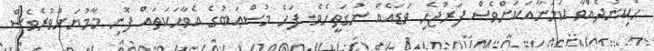
ހެކިނުދެއްވާ ކަމަނާއަކަށްވެސް ފަރުޖެހި ވަޑައެއް ނުގަތީހެވެ. ފަހެ މުޞްޢަބުގެ އެވާހަކަތައް ފޮނި މާމުޔަށްވުރެވެސް